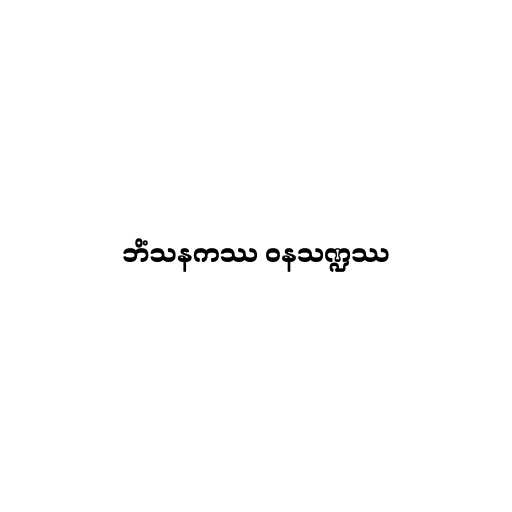
ဘိံသနကဿ ဝနသဏ္ဍဿ